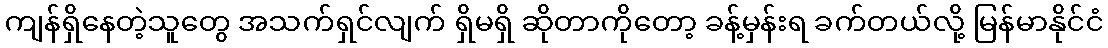
ကျန်ရှိနေတဲ့သူတွေ အသက်ရှင်လျက် ရှိမရှိ ဆိုတာကိုတော့ ခန့်မှန်းရ ခက်တယ်လို့ မြန်မာနိုင်ငံ